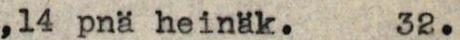
14 pnä heinäk.  32.